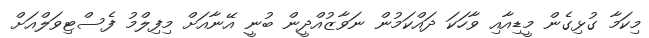
މިކަމާ ގުޅިގެން މީޑިއާއި ވާހަކަ ދައްކަމުން ނަވާޒުއްދީން ބުނީ އޭނާއަށް މިފިލްމު ފެސްޓިވަލްއަށް